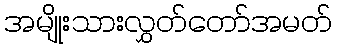
အမျိုးသားလွှတ်တော်အမတ်